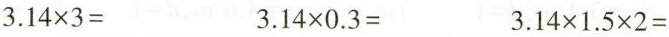
$$3.14 \times 3=$$ $$3.14 \times 0.3=$$ $$3.14 \times 1.5 \times 2=$$